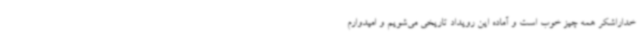
خداراشکر همه چیز خوب است و آماده این رویداد تاریخی می‌شویم و امیدوارم